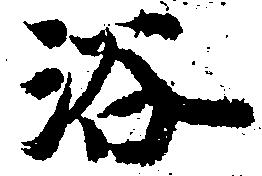
浴